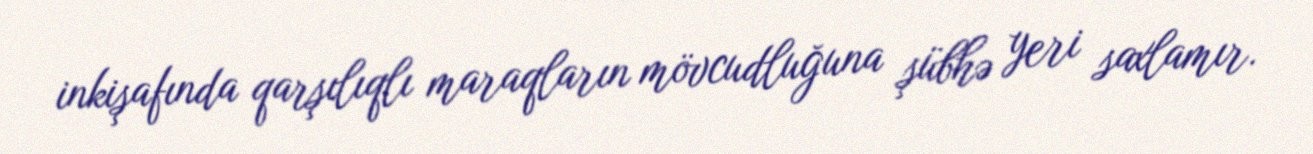
inkişafında qarşılıqlı maraqların mövcudluğuna şübhə yeri saxlamır.